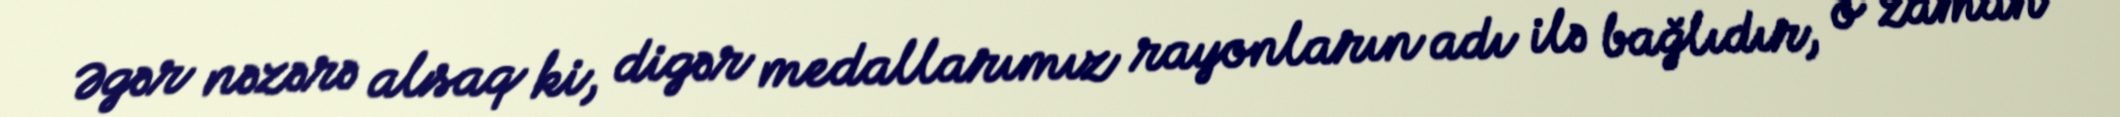
Əgər nəzərə alsaq ki, digər medallarımız rayonların adı ilə bağlıdır, o zaman